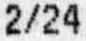
2/24